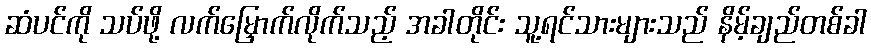
ဆံပင်ကို သပ်ဖို့ လက်မြှောက်လိုက်သည့် အခါတိုင်း သူ့ရင်သားများသည် နိမ့်ချည်တစ်ခါ